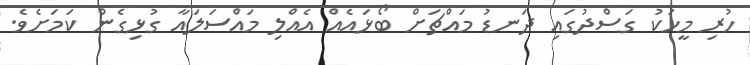
ހުރި މީހަކު ގަސްދުގައި ދަނޑު މައްޗަށް ބޯޅައެއް އެއްލި މައްސަލައާ ގުޅިގެން ކަަމަށެވެ.